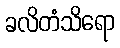
ခလိတံသိရော